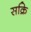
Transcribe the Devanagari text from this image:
सक्रि